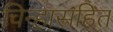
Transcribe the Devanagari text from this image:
चिन्हासहित